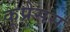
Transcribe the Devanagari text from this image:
कूप्रेसस